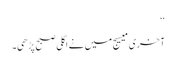
‘‘
آخری میسیج میں نے اگلی صبح پڑھی۔